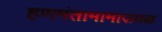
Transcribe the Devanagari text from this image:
हणमंतामामाजवळ